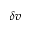
\delta \boldsymbol { v }